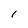
Character: I